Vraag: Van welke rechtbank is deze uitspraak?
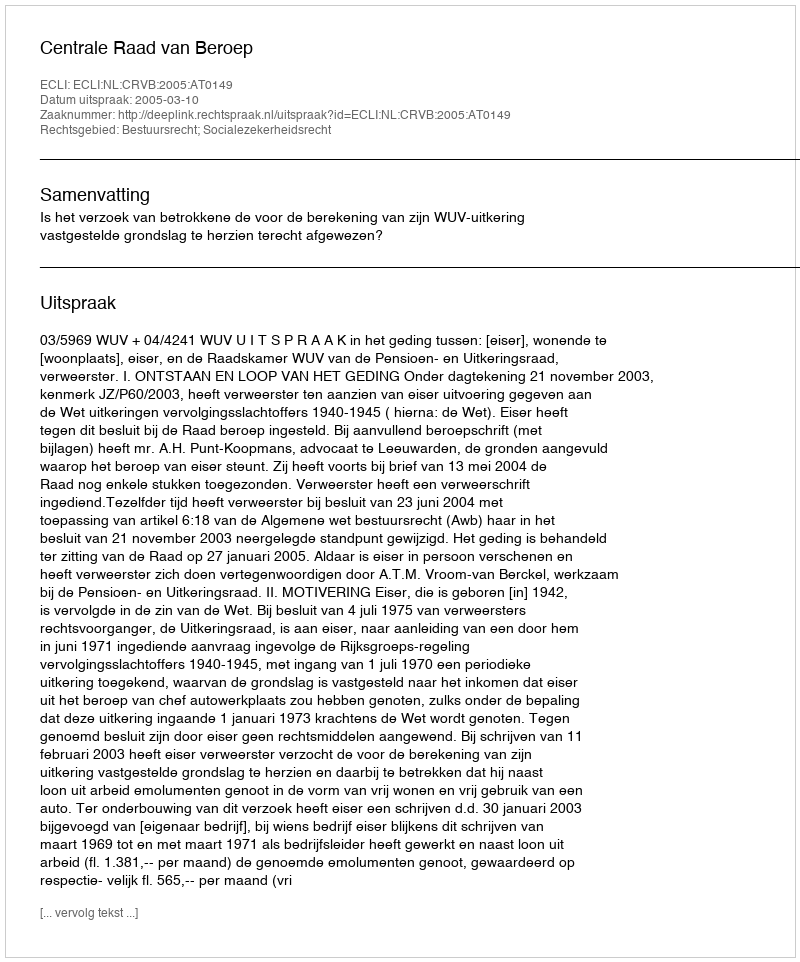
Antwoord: Centrale Raad van Beroep